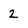
Character: 2